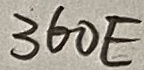
Text: 360E